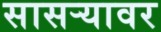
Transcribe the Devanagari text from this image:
सासर्‍यावर